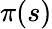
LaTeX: \pi(s)